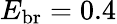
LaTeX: E_{\mathrm{br}}=0.4